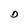
Character: D